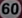
60